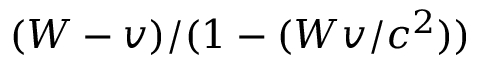
( W - v ) / ( 1 - ( W v / c ^ { 2 } ) )